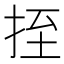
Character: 挃